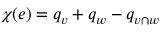
\chi ( e ) = q _ { v } + q _ { w } - q _ { v \cap w }